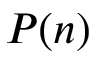
P ( n )